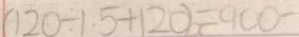
( 1 2 0 \div 1 . 5 + 1 2 0 ) = 9 0 0 -